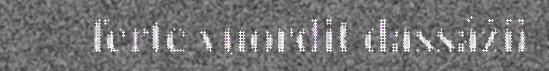
ferte vuordit dassážii